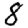
Digit: 8